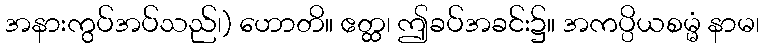
အနားကွပ်အပ်သည်၊) ဟောတိ။ ဧတ္ထ၊ ဤခပ်အခင်း၌။ အကပ္ပိယစမ္မံ နာမ၊